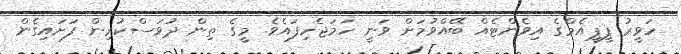
ހަވީރު ޕީޕީއެމްގެ އިވެންޓެއް ބޭއްވުމަށް ވަނީ ހަމަޖެހިފައެވެ. މީގެ ތިން ދުވަސްކުރިން ފަށައިގެން